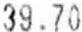
39.70